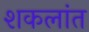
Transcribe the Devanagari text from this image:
शकलांत